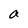
Character: a